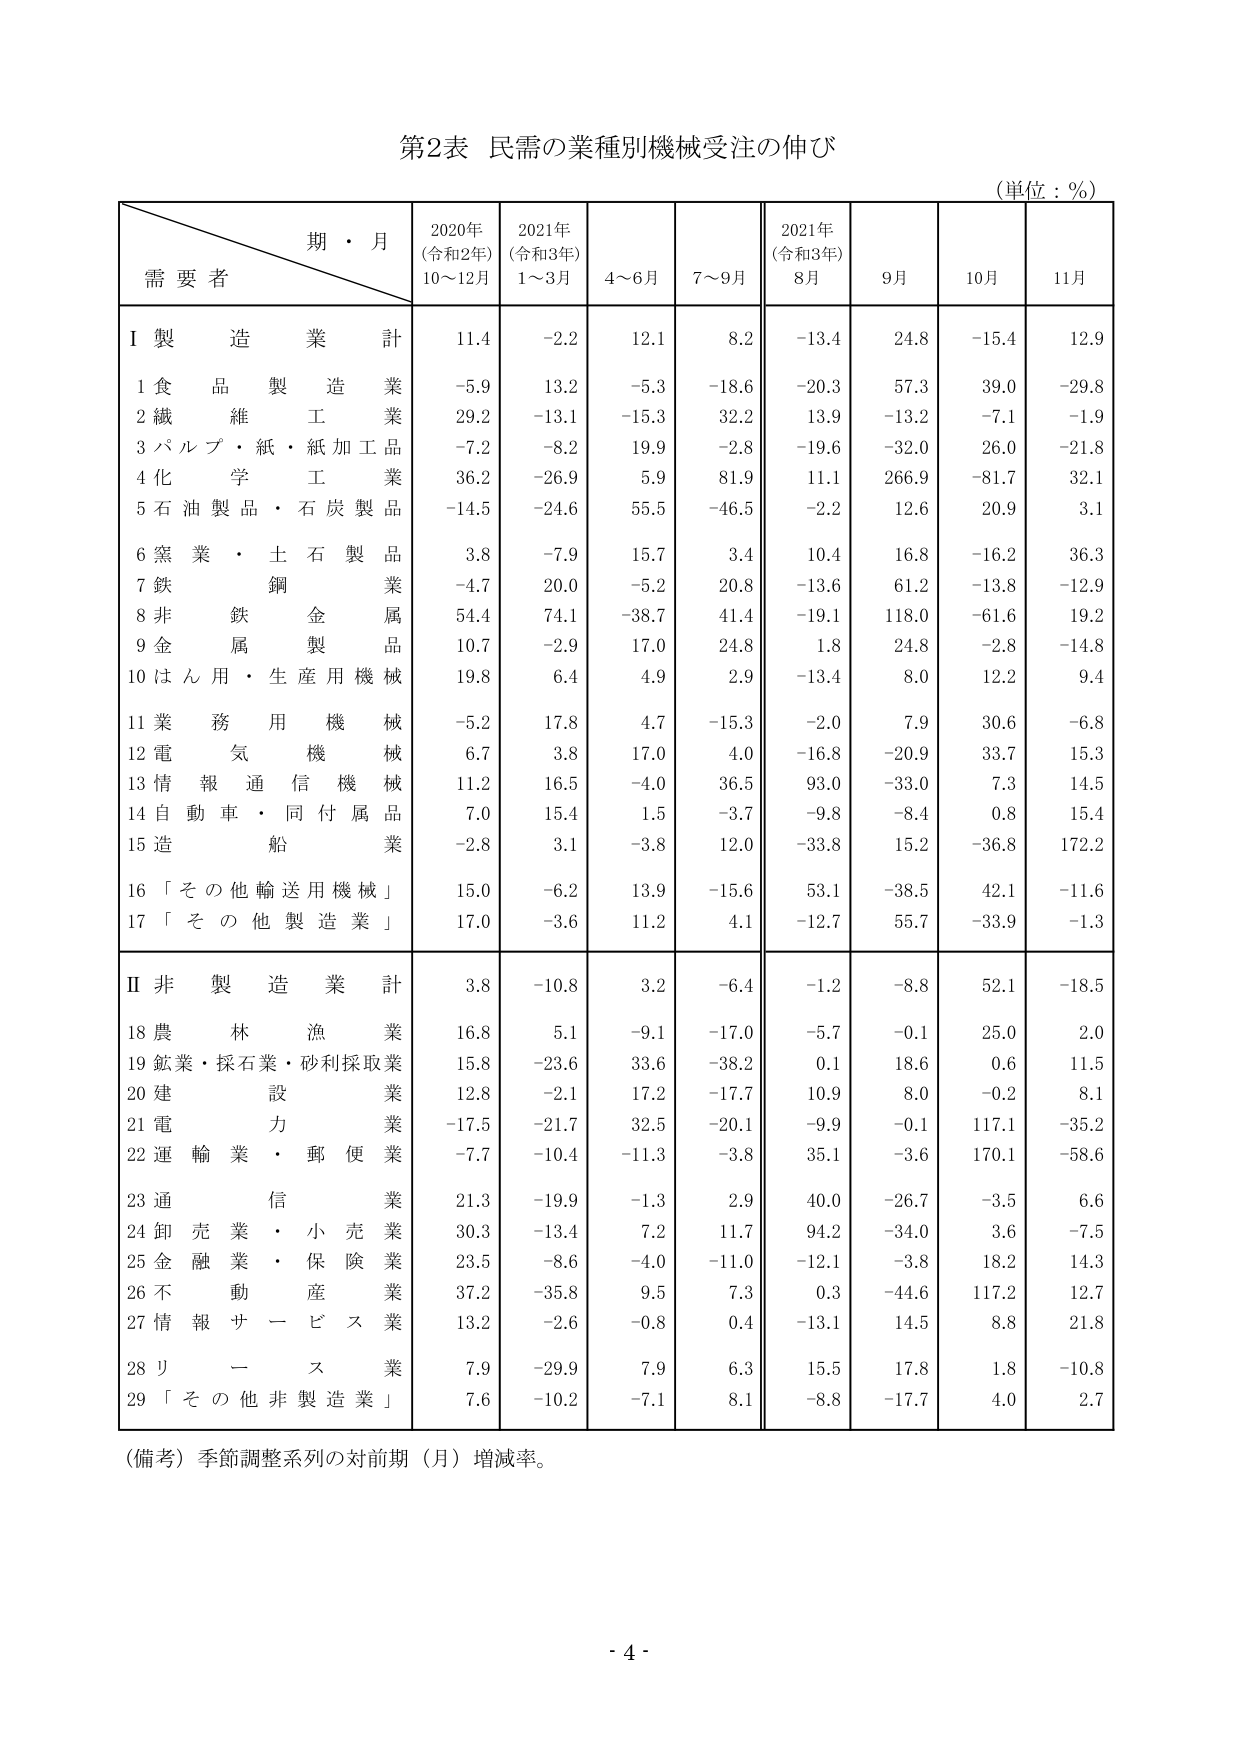
第2表 民需の業種別機械受注の伸び
(単位：％)

期・月
需要者
2020年
(令和2年)
10～12月
2021年
(令和3年)
1～3月
4～6月
7～9月
2021年
(令和3年)
8月
9月
10月
11月

Ⅰ 製造業計
11.4
-2.2
12.1
8.2
-13.4
24.8
-15.4
12.9

1 食品製造業
-5.9
13.2
-5.3
-18.6
-20.3
57.3
39.0
-29.8

2 繊維工業
29.2
-13.1
-15.3
32.2
13.9
-13.2
-7.1
-1.9

3 パルプ・紙・紙加工品
-7.2
-8.2
19.9
-2.8
-19.6
-32.0
26.0
-21.8

4 化学工業
36.2
-26.9
5.9
81.9
11.1
266.9
-81.7
32.1

5 石油製品・石炭製品
-14.5
-24.6
55.5
-46.5
-2.2
12.6
20.9
3.1

6 窯業・土石製品
3.8
-7.9
15.7
3.4
10.4
16.8
-16.2
36.3

7 鉄鋼業
-4.7
20.0
-5.2
20.8
-13.6
61.2
-13.8
-12.9

8 非鉄金属業
54.4
74.1
-38.7
41.4
-19.1
118.0
-61.6
19.2

9 金属製品
10.7
-2.9
17.0
24.8
1.8
24.8
-2.8
-14.8

10 はん用・生産用機械
19.8
6.4
4.9
2.9
-13.4
8.0
12.2
9.4

11 業務用機械
-5.2
17.8
4.7
-15.3
-2.0
7.9
30.6
-6.8

12 電気機械
6.7
3.8
17.0
4.0
-16.8
-20.9
33.7
15.3

13 情報通信機械
11.2
16.5
-4.0
36.5
93.0
-33.0
7.3
14.5

14 自動車・同付属品
7.0
15.4
1.5
-3.7
-9.8
-8.4
0.8
15.4

15 造船業
-2.8
3.1
-3.8
12.0
-33.8
15.2
-36.8
172.2

16 「その他輸送用機械」
15.0
-6.2
13.9
-15.6
53.1
-38.5
42.1
-11.6

17 「その他製造業」
17.0
-3.6
11.2
4.1
-12.7
55.7
-33.9
-1.3

Ⅱ 非製造業計
3.8
-10.8
3.2
-6.4
-1.2
-8.8
52.1
-18.5

18 農林漁業
16.8
5.1
-9.1
-17.0
-5.7
-0.1
25.0
2.0

19 鉱業・採石業・砂利採取業
15.8
-23.6
33.6
-38.2
0.1
18.6
0.6
11.5

20 建設業
12.8
-2.1
17.2
-17.7
10.9
8.0
-0.2
8.1

21 電力業
-17.5
-21.7
32.5
-20.1
-9.9
-0.1
117.1
-35.2

22 運輸業・郵便業
-7.7
-10.4
-11.3
-3.8
35.1
-3.6
170.1
-58.6

23 通信業
21.3
-19.9
-1.3
2.9
40.0
-26.7
-3.5
6.6

24 卸売業・小売業
30.3
-13.4
7.2
11.7
94.2
-34.0
3.6
-7.5

25 金融業・保険業
23.5
-8.6
-4.0
-11.0
-12.1
-3.8
18.2
14.3

26 不動産業
37.2
-35.8
9.5
7.3
0.3
-44.6
117.2
12.7

27 情報サービス業
13.2
-2.6
-0.8
0.4
-13.1
14.5
8.8
21.8

28 リース業
7.9
-29.9
7.9
6.3
15.5
17.8
1.8
-10.8

29 「その他非製造業」
7.6
-10.2
-7.1
8.1
-8.8
-17.7
4.0
2.7

（備考）季節調整系列の対前期（月）増減率。

- 4 -